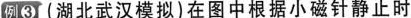
例3 (湖北武汉模拟)在图中根据小磁针静止时